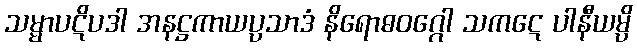
သမ္မာပဋိပဒါ အနဋ္ဌကာယပ္ပသာဒံ နိရောဓဝဂ္ဂေါ သကဋေ ပါနီယမ္ပိ